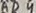
Text: RD4